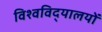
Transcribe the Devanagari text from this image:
विश्‍वविद्‌यालयों